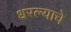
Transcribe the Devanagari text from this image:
धरल्याचे